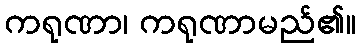
ကရုဏာ၊ ကရုဏာမည်၏။